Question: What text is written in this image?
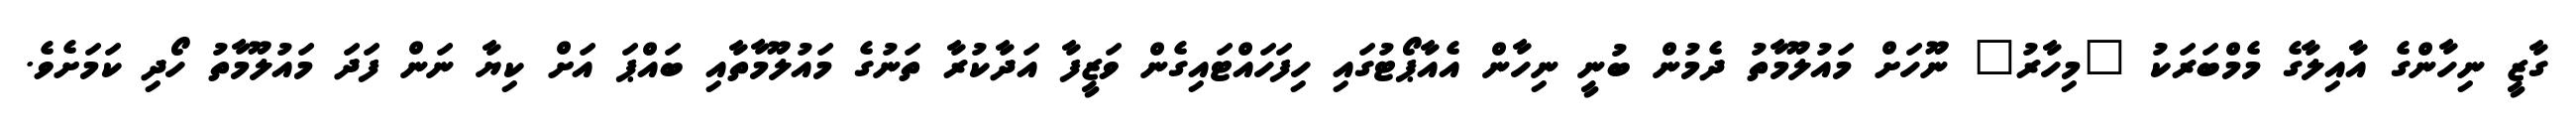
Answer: ގާޒީ ނިހާންގެ އާއިލާގެ މެމްބަރަކު "މިހާރު" ނޫހަށް މައުލޫމާތު ދެމުން ބުނީ ނިހާން އެއާޕޯޓުގައި ހިފަހައްޓައިގެން ވަޒީފާ އަދާކުރާ ތަނުގެ މައުލޫމާތާއި ބައްޕަ އަށް ކިޔާ ނަން ފަދަ މައުލޫމާތު ހޯދި ކަމަށެވެ.